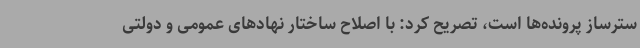
سترساز پرونده‌ها است، تصریح کرد: با اصلاح ساختار نهادهای عمومی و دولتی